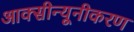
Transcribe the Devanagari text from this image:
आक्सीन्यूनीकरण